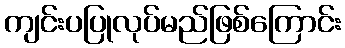
ကျင်းပပြုလုပ်မည်ဖြစ်ကြောင်း